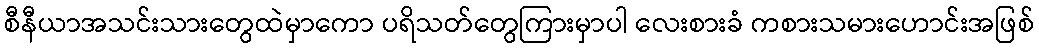
စီနီယာအသင်းသားတွေထဲမှာကော ပရိသတ်တွေကြားမှာပါ လေးစားခံ ကစားသမားဟောင်းအဖြစ်